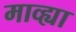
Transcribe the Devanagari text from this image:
माव्ह्या